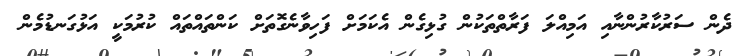
ދެން ސަރުކާރުންނާއި އަމިއްލަ ފަރާތްތަކުން ގުޅިގެން އެކަމަށް ފަހިވާނެގޮތަށް ކަންތައްތައް ކުރުމަކީ އަޅުގަނޑުމެން